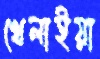
খেলাইয়া